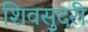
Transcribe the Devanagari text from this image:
शिवसुदरी